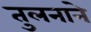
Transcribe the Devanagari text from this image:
तुलनाने